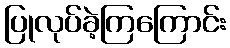
ပြုလုပ်ခဲ့ကြကြောင်း